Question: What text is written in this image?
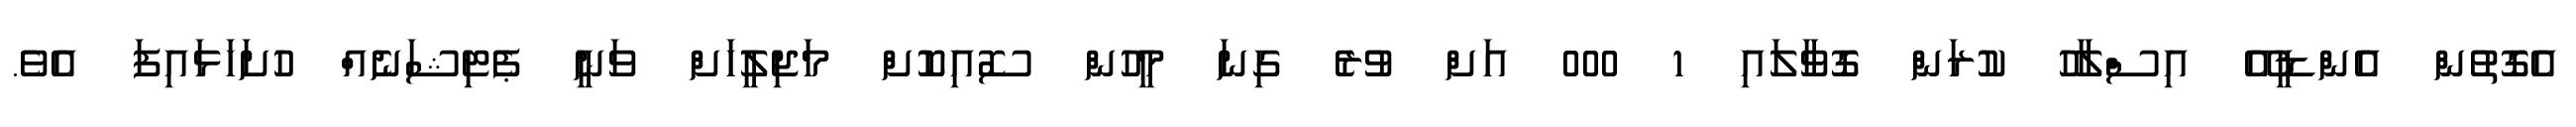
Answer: އެގޮތުން އެންޑީއޭ އިސްލާހު ކުރަން ގޮވާލައި 1 000 އަށް ވުރެ ގިނަ މީހުން ސޮއިކޮށް މަޖިލީހަށް ވަނީ ޕެޓިޝަނެއް ހުށަހަޅައިފަ އެވެ.